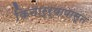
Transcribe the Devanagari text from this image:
किनार्र्यापासून